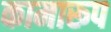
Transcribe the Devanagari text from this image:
कामारूप